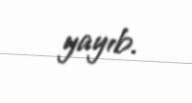
yayıb.